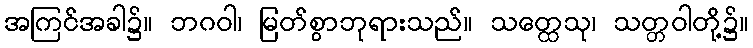
အကြင်အခါ၌။ ဘဂဝါ၊ မြတ်စွာဘုရားသည်။ သတ္ထေသု၊ သတ္တဝါတို့၌။